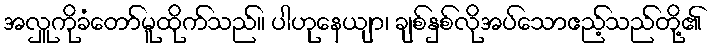
အလှူကိုခံတော်မူထိုက်သည်။ ပါဟုနေယျာ၊ ချစ်နှစ်လိုအပ်သောဧည့်သည်တို့၏